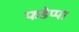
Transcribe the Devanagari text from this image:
फडेप्पा